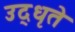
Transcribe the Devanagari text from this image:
उद्‌धृते